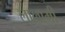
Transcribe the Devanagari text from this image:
लालामी